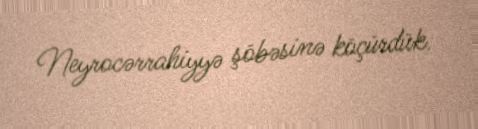
Neyrocərrahiyyə şöbəsinə köçürdük.